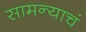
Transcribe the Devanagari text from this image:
सामन्याचं